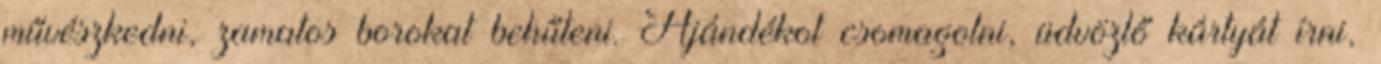
művészkedni, zamatos borokat behűteni. Ajándékot csomagolni, üdvözlő kártyát írni,